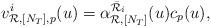
LaTeX: \begin{align*}v_{{\mathcal{R}},{[N_T]},p}^i(u)=\alpha_{{\mathcal{R}},{[N_T]}}^{\bar{\mathcal{R}}_i}(u)c_p(u),\end{align*}